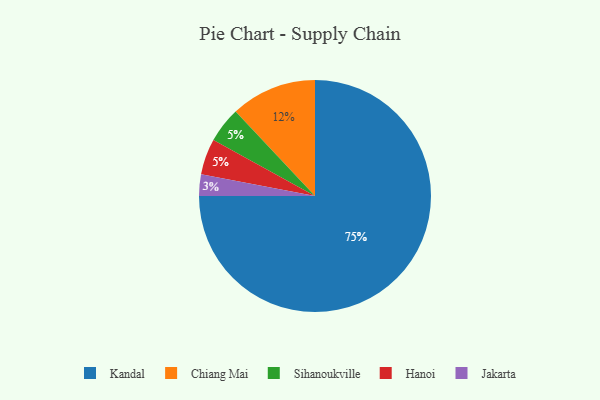
{"axis": {"x": "Category", "y": "Percentage"}, "legend": ["Chiang Mai", "Hanoi", "Jakarta", "Kandal", "Sihanoukville"], "data": [{"x": "Sihanoukville", "y": 5, "type": "Sihanoukville"}, {"x": "Kandal", "y": 75, "type": "Kandal"}, {"x": "Hanoi", "y": 5, "type": "Hanoi"}, {"x": "Jakarta", "y": 3, "type": "Jakarta"}, {"x": "Chiang Mai", "y": 12, "type": "Chiang Mai"}]}